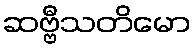
ဆဗ္ဗီသတိမော